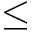
\le